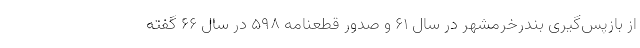
از بازپس‌گیری بندرخرمشهر در سال 61 و صدور قطعنامه 598 در سال 66 گفته